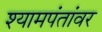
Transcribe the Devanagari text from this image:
श्यामपंतांवर